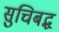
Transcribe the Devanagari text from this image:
सुचिबद्ध